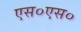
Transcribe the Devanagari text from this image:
एस०एस०